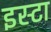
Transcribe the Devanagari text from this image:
इस्टा